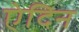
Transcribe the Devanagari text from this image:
ऐदिन